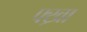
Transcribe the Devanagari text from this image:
फ्ख्रा